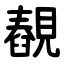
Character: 䚎